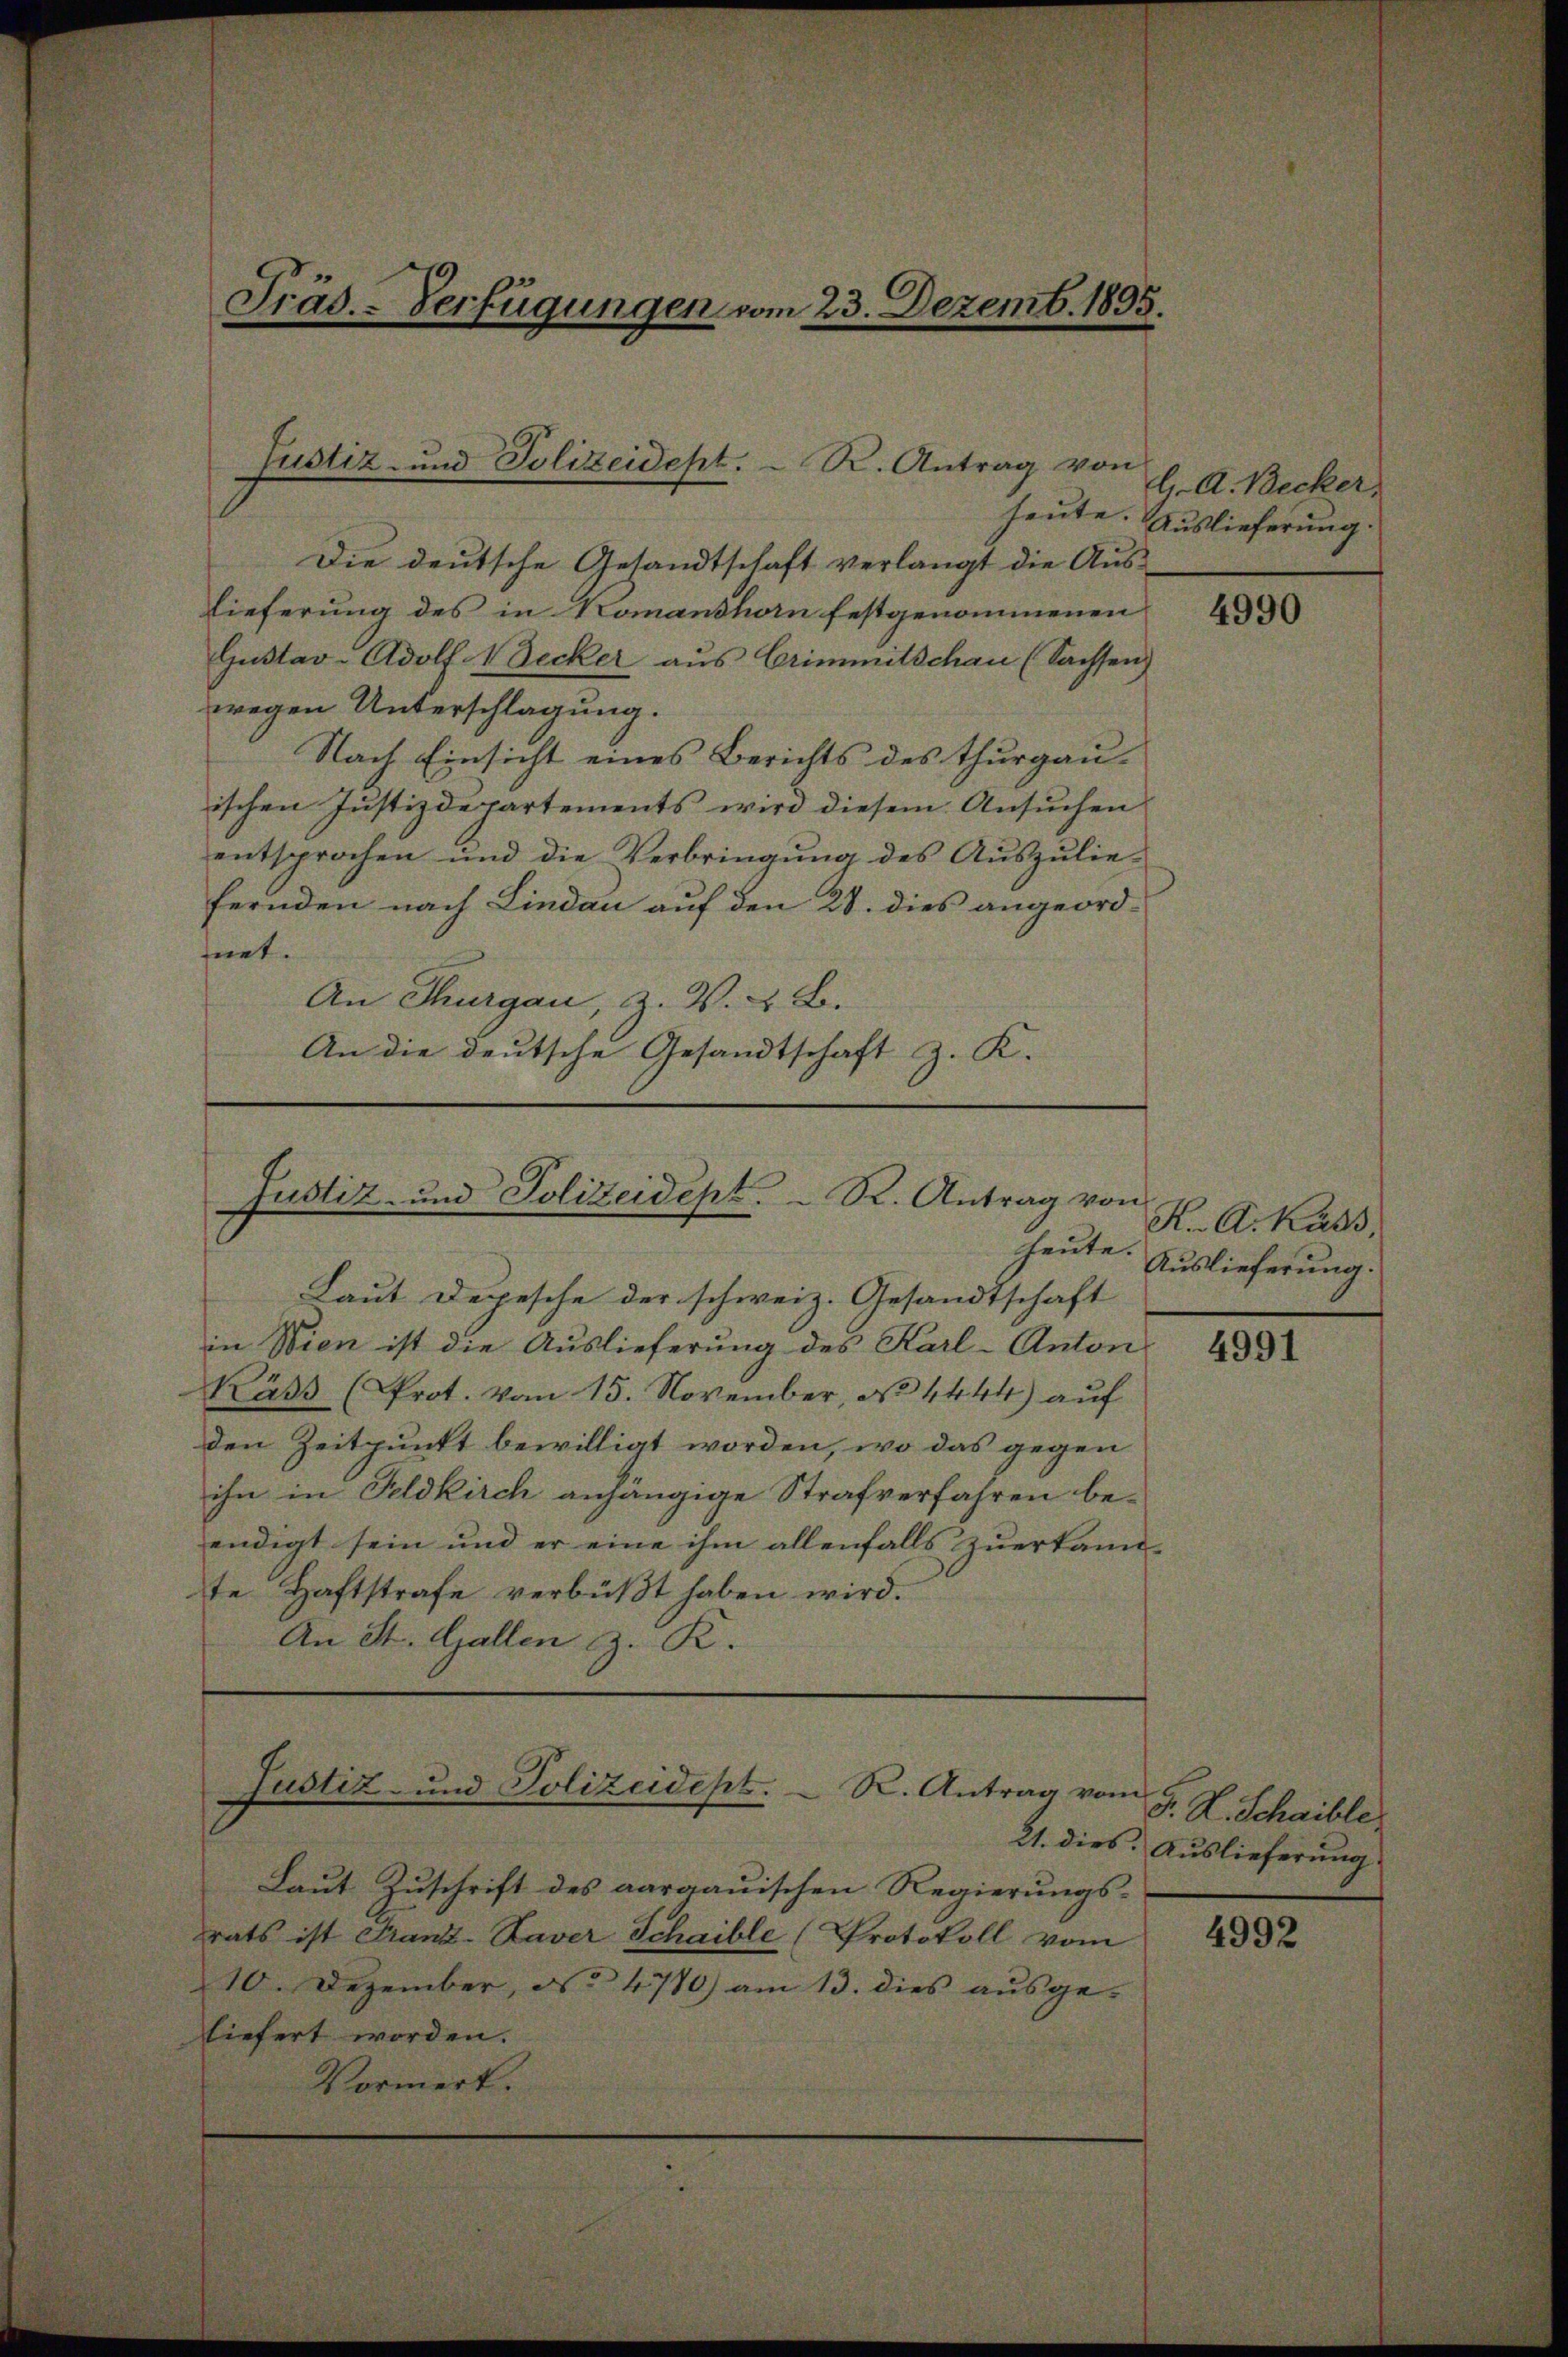
Präs. - Verfügungen vom 23. Dezemb. 1895.

Justiz- und Polizeidest. R. Antrag von

heute.
Die deutsche Gesandtschaft verlangt die Aus-
Lieferung des in Komanshorn festgenommenen
Gustav-Adolf Wecker aus Crimmitschau (Sachsen
wegen Unterschlagung.
Nach Einsicht eines Berichts des thurgau-
ischen Justizdepartements wird diesem Ansuchen
entsprochen und die Verbringung des Auszulie-
fernden nach Lindau auf den 28. dies angeordfnet.
An Thurgau, Z. V. & B.
An die deutsche Gesandtschaft z. K.

Justiz- und Polizeidept. R. Antrag von
heute.

Laut Depesche der schweiz. Gesandtschaft
in Wien ist die Auslieferung des Karl-Anton
Käss (Prot. Vom 15. November, No 4444) auf
den Zeitpunkt bewilligt worden, wo das gegen
ihn in Feldkirch anhängige Strafverfahren beendigt sein und er eine ihm allenfalls zuerkann-
te Haftstrafe verbüßt haben wird.
An St. Gallen z. R.

Justiz- und Polizeidept. R. Antrag vom

Laut Zuschrift des aargauischen Regierungs-
rats ist Franz-Kaver Schaible (Protokoll vom
10. Dezember, No 4790) am 13. dies aŭsge-
liefert worden.
Vormerk.

l. A. Becker,
Auslieferung.

4990

K. A. Kass
Auslieferung.

4991

F. L. Schaible,
21. dies. Auslieferung

4992